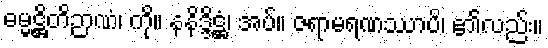
ဓမ္မဋ္ဌိတိဉာဏံ၊ ကို။ နနိဒ္ဒိဋ္ဌံ၊ အပ်။ ဇရာမရဏဿာပိ၊ ၏လည်း။